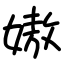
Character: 㜜